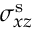
\sigma _ { x z } ^ { \mathrm { s } }